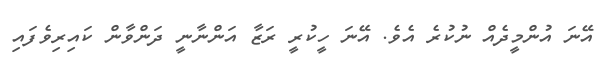
އޭނަ އުންމީދެއް ނުކުރެ އެވެ. އޭނަ ހީކުރީ ރަޒާ އަންނާނީ ދަންވާން ކައިރިވެފައި